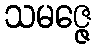
သမဇ္ဇေ